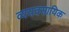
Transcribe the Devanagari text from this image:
व्ययवसायिक